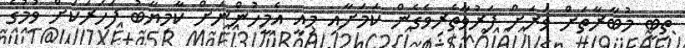
ތިބީ މުބާރާތަށް ވަރަށް ފަރުވާތެރިވެގެން ކަމަށާއި މިއީ އެމީހުންނަށް ކާމިޔާބު ފަހަރަކަށް ވުމުގެ